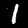
Label: 1